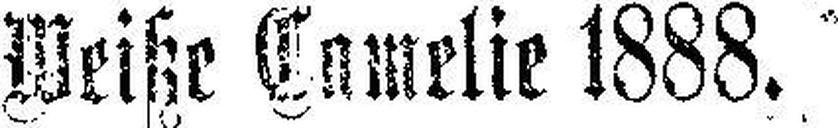
Weiße Camelie 1888.